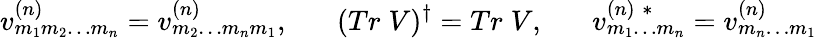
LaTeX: v_{m_{1}m_{2}\ldots m_{n}}^{(n)}=v_{m_{2}\ldots m_{n}m_{1}}^{(n)},\; \; \; \; \; \; (Tr\; V)^{\dagger}=Tr\; V,\; \; \; \; \; \; v_{m_{1}\ldots m_{n}}^{(n)\; *}=v_{m_{n}\ldots m_{1}}^{(n)}